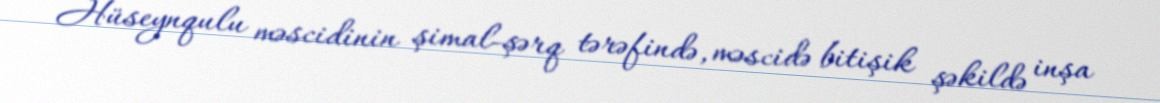
Hüseynqulu məscidinin şimal-şərq tərəfində, məscidə bitişik şəkildə inşa